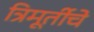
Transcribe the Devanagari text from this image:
त्रिमूर्तीचे